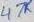
Text: 47K